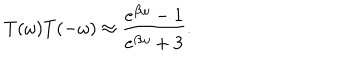
LaTeX: T ( \omega ) T ( - \omega ) \approx \frac { e ^ { \beta \omega } - 1 } { e ^ { \beta \omega } + 3 } .